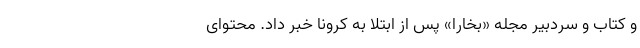
و کتاب و سردبیر مجله «بخارا» پس از ابتلا به کرونا خبر داد. محتوای